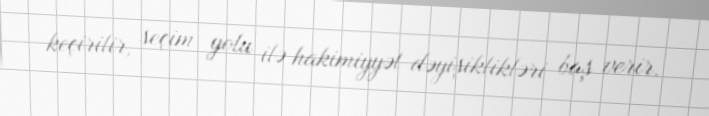
keçirilir, seçim yolu ilə hakimiyyət dəyişiklikləri baş verir.